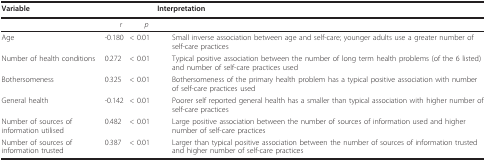
<table><thead><tr><td><b>Variable</b></td><td colspan="2"></td><td><b> Interpretation</b></td></tr></thead><tbody><tr><td></td><td> <i>r</i></td><td> <i>p </i></td><td></td></tr><tr><td>Age</td><td>-0.180</td><td>&lt; 0.01</td><td> Small inverse association between age and self-care; younger adults use a greater number of self-care practices</td></tr><tr><td>Number of health conditions</td><td>0.272</td><td>&lt; 0.01</td><td> Typical positive association between the number of long term health problems (of the 6 listed) and number of self-care practices used</td></tr><tr><td>Bothersomeness</td><td>0.325</td><td>&lt; 0.01</td><td> Bothersomeness of the primary health problem has a typical positive association with number of self-care practices used</td></tr><tr><td>General health</td><td>-0.142</td><td>&lt; 0.01</td><td> Poorer self reported general health has a smaller than typical association with higher number of self-care practices</td></tr><tr><td>Number of sources of information utilised</td><td>0.482</td><td>&lt; 0.01</td><td> Large positive association between the number of sources of information used and higher number of self-care practices</td></tr><tr><td>Number of sources of information trusted</td><td>0.387</td><td>&lt; 0.01</td><td> Larger than typical positive association between the number of sources of information trusted and higher number of self-care practices</td></tr></tbody></table>